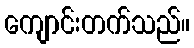
ကျောင်းတက်သည်။